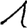
Digit: 1